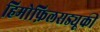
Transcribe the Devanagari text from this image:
हिमोफ़िलसड्यूकी